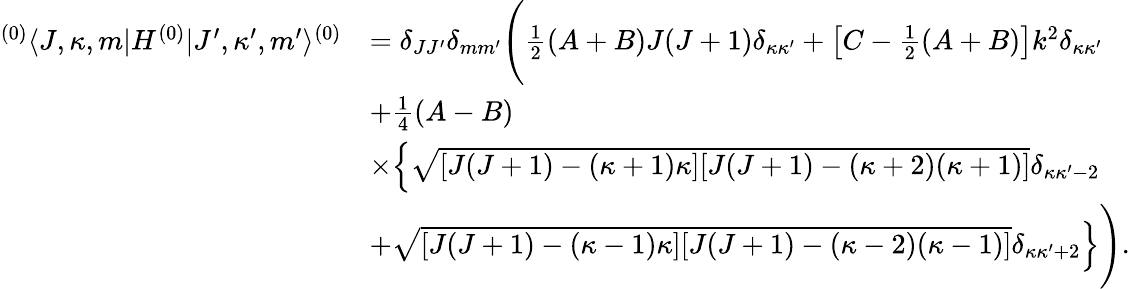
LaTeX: \begin{array}{rl}{^{(0)}\langle J,\kappa,m|H^{(0)}|J^{\prime},\kappa^{\prime},m^{\prime}\rangle^{(0)}}&{=\delta_{JJ^{\prime}}\delta_{mm^{\prime}}\Bigg(\frac{1}{2}(A+B)J(J+1)\delta_{\kappa\kappa^{\prime}}+\left[C-\frac{1}{2}(A+B)\right]k^{2}\delta_{\kappa\kappa^{\prime}}}\\ &{+\frac{1}{4}(A-B)}\\ &{\times\Big\{ \sqrt{[J(J+1)-(\kappa+1)\kappa][J(J+1)-(\kappa+2)(\kappa+1)]}\delta_{\kappa\kappa^{\prime}-2}}\\ &{+\sqrt{[J(J+1)-(\kappa-1)\kappa][J(J+1)-(\kappa-2)(\kappa-1)]}\delta_{\kappa\kappa^{\prime}+2}\Big\} \Bigg).}\end{array}